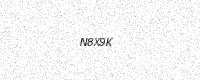
Text: N8X9K